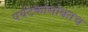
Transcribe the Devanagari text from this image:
पर्यटकांसोबतच